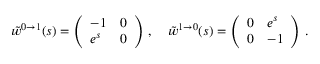
\tilde { w } ^ { 0 \to 1 } ( s ) = \left( \begin{array} { l l } { - 1 } & { 0 } \\ { e ^ { s } } & { 0 } \end{array} \right) \, , \quad \tilde { w } ^ { 1 \to 0 } ( s ) = \left( \begin{array} { l l } { 0 } & { e ^ { s } } \\ { 0 } & { - 1 } \end{array} \right) \, .